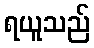
ရယူသည်